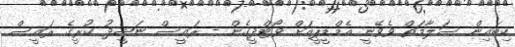
ކިބައިން ސަލާމަތް ވެވޭނީ އެމްޑީޕީއަށް ވޯޓްދީގެން - ރައީސް ނަޝީދު ކުރީގެ ރައީސް